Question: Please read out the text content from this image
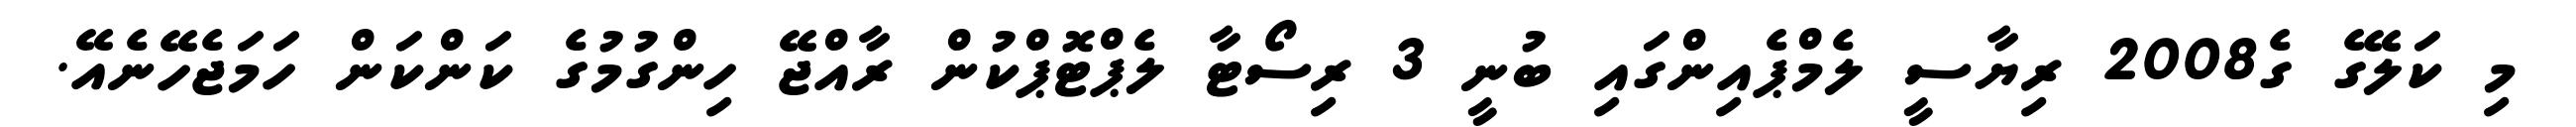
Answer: މި ކަލޭގެ ގެ2008 ރިޔާސީ ލެމްޕެއިންގައި ބުނީ 3 ރިސޯޓާ ލެޕްޓޮޕްކުން ރާއްޖޭ ހިންގުމުގެ ކަންކަން ހަމަޖެހޭނެއޭ.